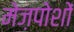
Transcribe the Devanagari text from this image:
मेज़पोशों